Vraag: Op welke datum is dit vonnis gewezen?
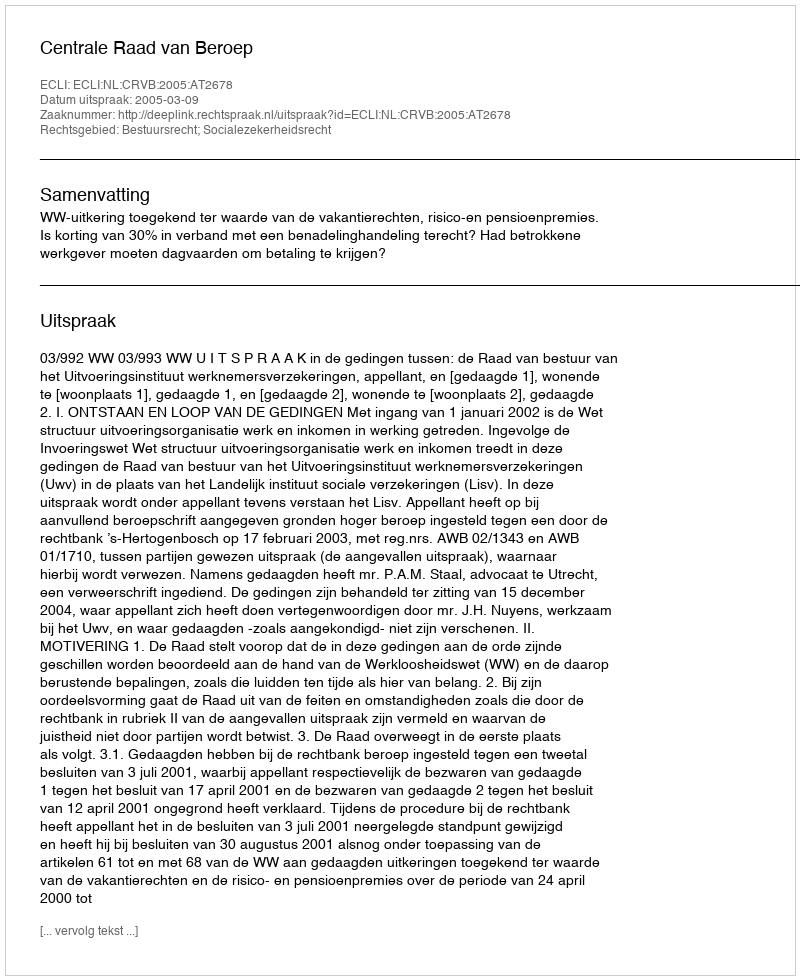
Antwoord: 2005-03-09